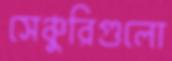
সেঞ্চুরিগুলো